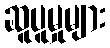
ဆူပူမှုများ